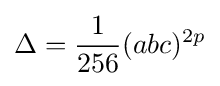
\Delta ={\frac {1}{256}}(abc)^{2p}